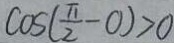
\cos ( \frac { \pi } { 2 } - 0 ) > 0